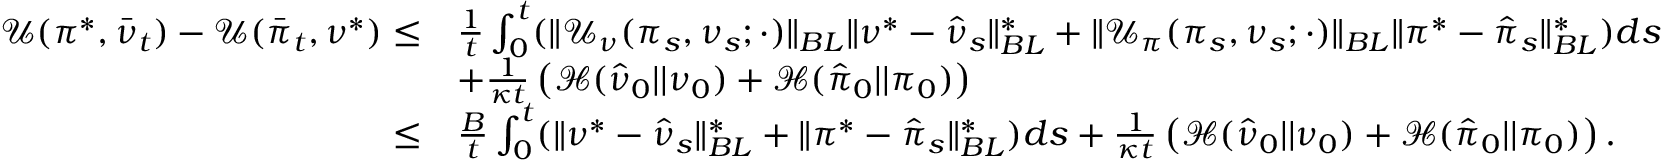
\begin{array} { r l } { \mathcal { U } ( \pi ^ { * } , \bar { \nu } _ { t } ) - \mathcal { U } ( \bar { \pi } _ { t } , \nu ^ { * } ) \leq } & { \frac 1 t \int _ { 0 } ^ { t } ( \| \mathcal { U } _ { \nu } ( \pi _ { s } , \nu _ { s } ; \cdot ) \| _ { B L } \| \nu ^ { * } - \hat { \nu } _ { s } \| _ { B L } ^ { * } + \| \mathcal { U } _ { \pi } ( \pi _ { s } , \nu _ { s } ; \cdot ) \| _ { B L } \| \pi ^ { * } - \hat { \pi } _ { s } \| _ { B L } ^ { * } ) d s } \\ & { + \frac { 1 } { \kappa t } \left( \mathcal H ( \hat { \nu } _ { 0 } | | \nu _ { 0 } ) + \mathcal H ( \hat { \pi } _ { 0 } | | \pi _ { 0 } ) \right) } \\ { \leq } & { \frac B t \int _ { 0 } ^ { t } ( \| \nu ^ { * } - \hat { \nu } _ { s } \| _ { B L } ^ { * } + \| \pi ^ { * } - \hat { \pi } _ { s } \| _ { B L } ^ { * } ) d s + \frac { 1 } { \kappa t } \left( \mathcal H ( \hat { \nu } _ { 0 } | | \nu _ { 0 } ) + \mathcal H ( \hat { \pi } _ { 0 } | | \pi _ { 0 } ) \right) . } \end{array}